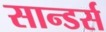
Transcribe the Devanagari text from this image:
सान्डर्स